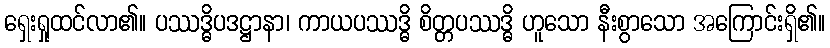
ရှေးရှုထင်လာ၏။ ပဿဒ္ဓိပဒဋ္ဌာနာ၊ ကာယပဿဒ္ဓိ စိတ္တပဿဒ္ဓိ ဟူသော နီးစွာသော အကြောင်းရှိ၏။